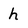
Character: h